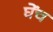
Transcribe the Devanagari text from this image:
घेंच